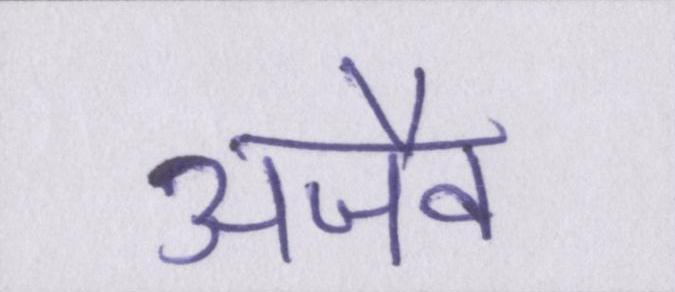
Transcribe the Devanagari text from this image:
अजैव